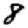
Digit: 8